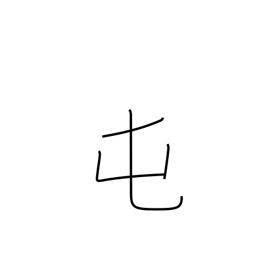
Meaning: barracks